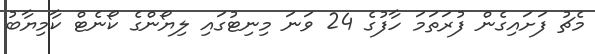
މެޗު ފަށައިގެން ފުރަތަމަ ހާފުގެ 24 ވަނަ މިނިޓުގައި ލިޔޯންގެ ކޯނެޓް ކާމިޔާބު